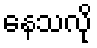
နေသလို